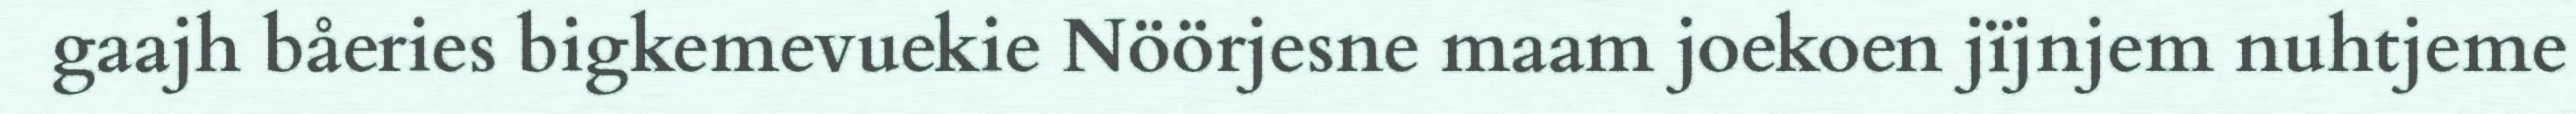
gaajh båeries bigkemevuekie Nöörjesne maam joekoen jïjnjem nuhtjeme